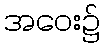
အဝေး၌